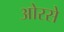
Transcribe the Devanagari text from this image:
ओरसे